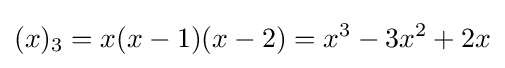
(x)_{3}=x(x-1)(x-2)=x^{3}-3x^{2}+2x